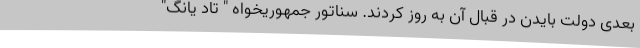
بعدی دولت بایدن در قبال آن به روز کردند. سناتور جمهوریخواه " تاد یانگ"